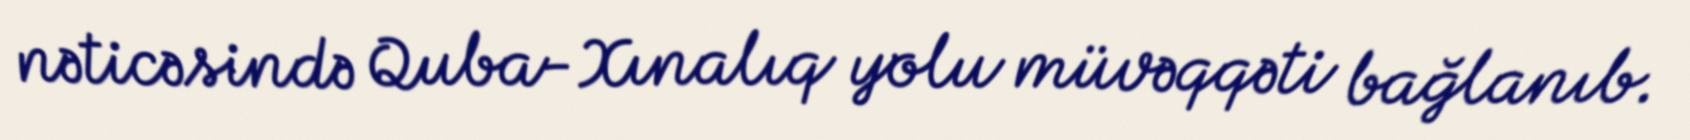
nəticəsində Quba-Xınalıq yolu müvəqqəti bağlanıb.